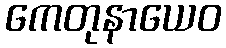
ကေတုနာယေဝ